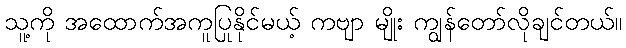
သူ့ကို အထောက်အကူပြုနိုင်မယ့် ကဗျာ မျိုး ကျွန်တော်လိုချင်တယ်။